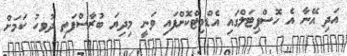
އަދި އޭނާ އެ ހޮސްޕިޓަލްގައި އެޑްމިޓްކޮށްފައި ވަނީ މިދިޔަ ބުރާސްފަތި ދުވހު ކަމަށް